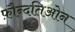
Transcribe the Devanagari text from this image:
फ़ौन्दतिओन